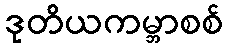
ဒုတိယကမ္ဘာစစ်